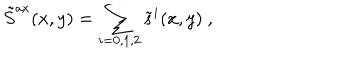
\tilde { S } ^ { \mathrm { a x } } ( x , y ) = \sum _ { i = 0 , 1 , 2 } \tilde { s } ^ { i } ( x , y ) \ ,